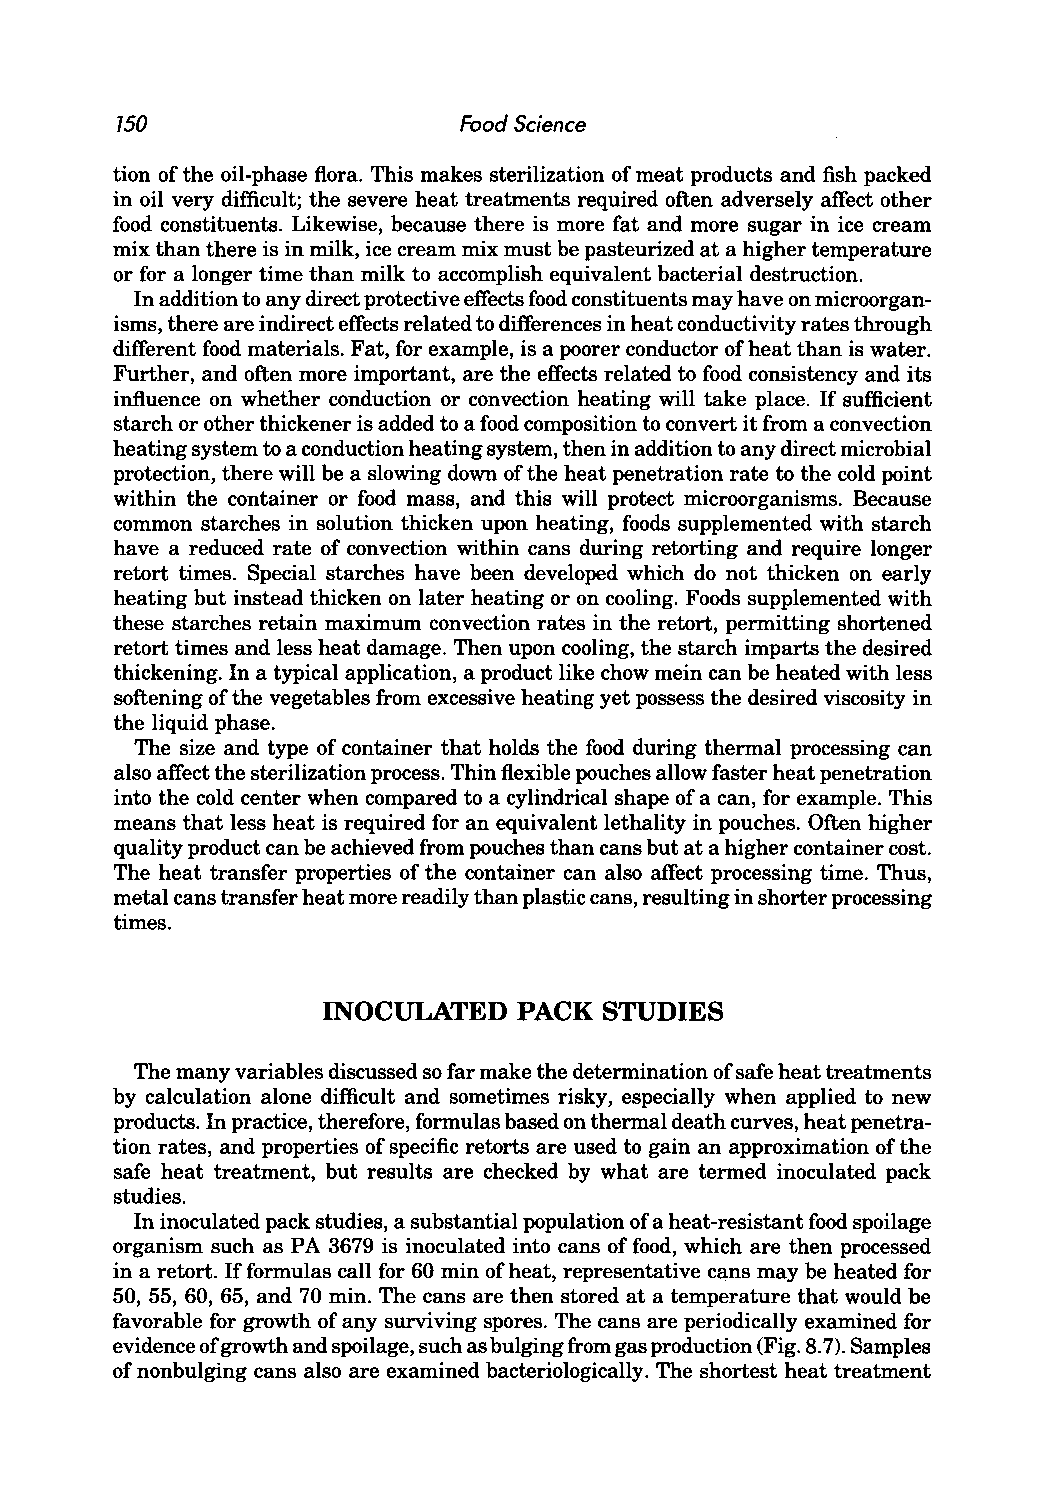
750                   Food Science
 tion of the oil-phase flora. This makes sterilization of meat products and fish packed
 in oil very difficult; the severe heat treatments required often adversely affect other
 food constituents. Likewise, because there is more fat and more sugar in ice cream
 mix than there is in milk, ice cream mix must be pasteurized at a higher temperature
 or for a longer time than milk to accomplish equivalent bacterial destruction.
 In addition to any direct protective effects food constituents may have on microorgan
 isms, there are indirect effects related to differences in heat conductivity rates through
 different food materials. Fat, for example, is a poorer conductor of heat than is water.
 Further, and often more important, are the effects related to food consistency and its
 influence on whether conduction or convection heating will take place. If sufficient
 starch or other thickener is added to a food composition to convert it from a convection
 heating system to a conduction heating system, then in addition to any direct microbial
 protection, there will be a slowing down of the heat penetration rate to the cold point
 within the container or food mass, and this will protect microorganisms. Because
 common starches in solution thicken upon heating, foods supplemented with starch
 have a reduced rate of convection within cans during retorting and require longer
 retort times. Special starches have been developed which do not thicken on early
 heating but instead thicken on later heating or on cooling. Foods supplemented with
 these starches retain maximum convection rates in the retort, permitting shortened
 retort times and less heat damage. Then upon cooling, the starch imparts the desired
 thickening. In a typical application, a product like chow mein can be heated with less
 softening of the vegetables from excessive heating yet possess the desired viscosity in
 the liquid phase.
 The size and type of container that holds the food during thermal processing can
 also affect the sterilization process. Thin flexible pouches allow faster heat penetration
 into the cold center when compared to a cylindrical shape of a can, for example. This
 means that less heat is required for an equivalent lethality in pouches. Often higher
 quality product can be achieved from pouches than cans but at a higher container cost.
 The heat transfer properties of the container can also affect processing time. Thus,
 metal cans transfer heat more readily than plastic cans, resulting in shorter processing
 times.
 INOCULATED   PACK  STUDIES
 The many variables discussed so far make the determination of safe heat treatments
 by calculation alone difficult and sometimes risky, especially when applied to new
 products. In practice, therefore, formulas based on thermal death curves, heat penetra
 tion rates, and properties of specific retorts are used to gain an approximation of the
 safe heat treatment, but results are checked by what are termed inoculated pack
 studies.
 In inoculated pack studies, a substantial population of a heat-resistant food spoilage
 organism such as P A 3679 is inoculated into cans of food, which are then processed
 in a retort. If formulas call for 60 min of heat, representative cans may be heated for
 50, 55, 60, 65, and 70 min. The cans are then stored at a temperature that would be
 favorable for growth of any surviving spores. The cans are periodically examined for
 evidence of growth and spoilage, such as bulging from gas production (Fig. 8.7). Samples
 of nonbulging cans also are examined bacteriologically. The shortest heat treatment